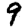
Digit: 9